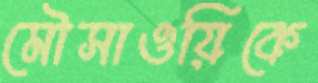
মৌসাওয়িকে